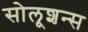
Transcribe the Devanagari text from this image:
सोलूशन्स